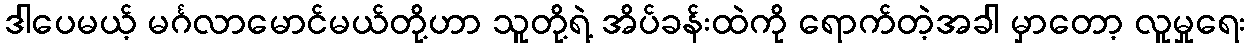
ဒါပေမယ့် မင်္ဂလာမောင်မယ်တို့ဟာ သူတို့ရဲ့ အိပ်ခန်းထဲကို ရောက်တဲ့အခါ မှာတော့ လူမှုရေး